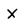
Character: X